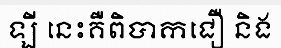
ឡី នេះគឺពិបាកជឿ និង